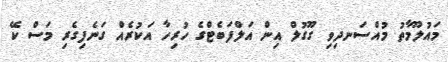
މައުލޫމާތު މުއްސަނދިވި ގޫގުލް އިން އަލްފަބެޓްގެ ހުރިހާ އަކުރެއް ގަނެފިގެރި މަސް ކޭ